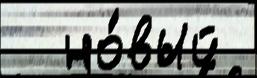
  но́вый